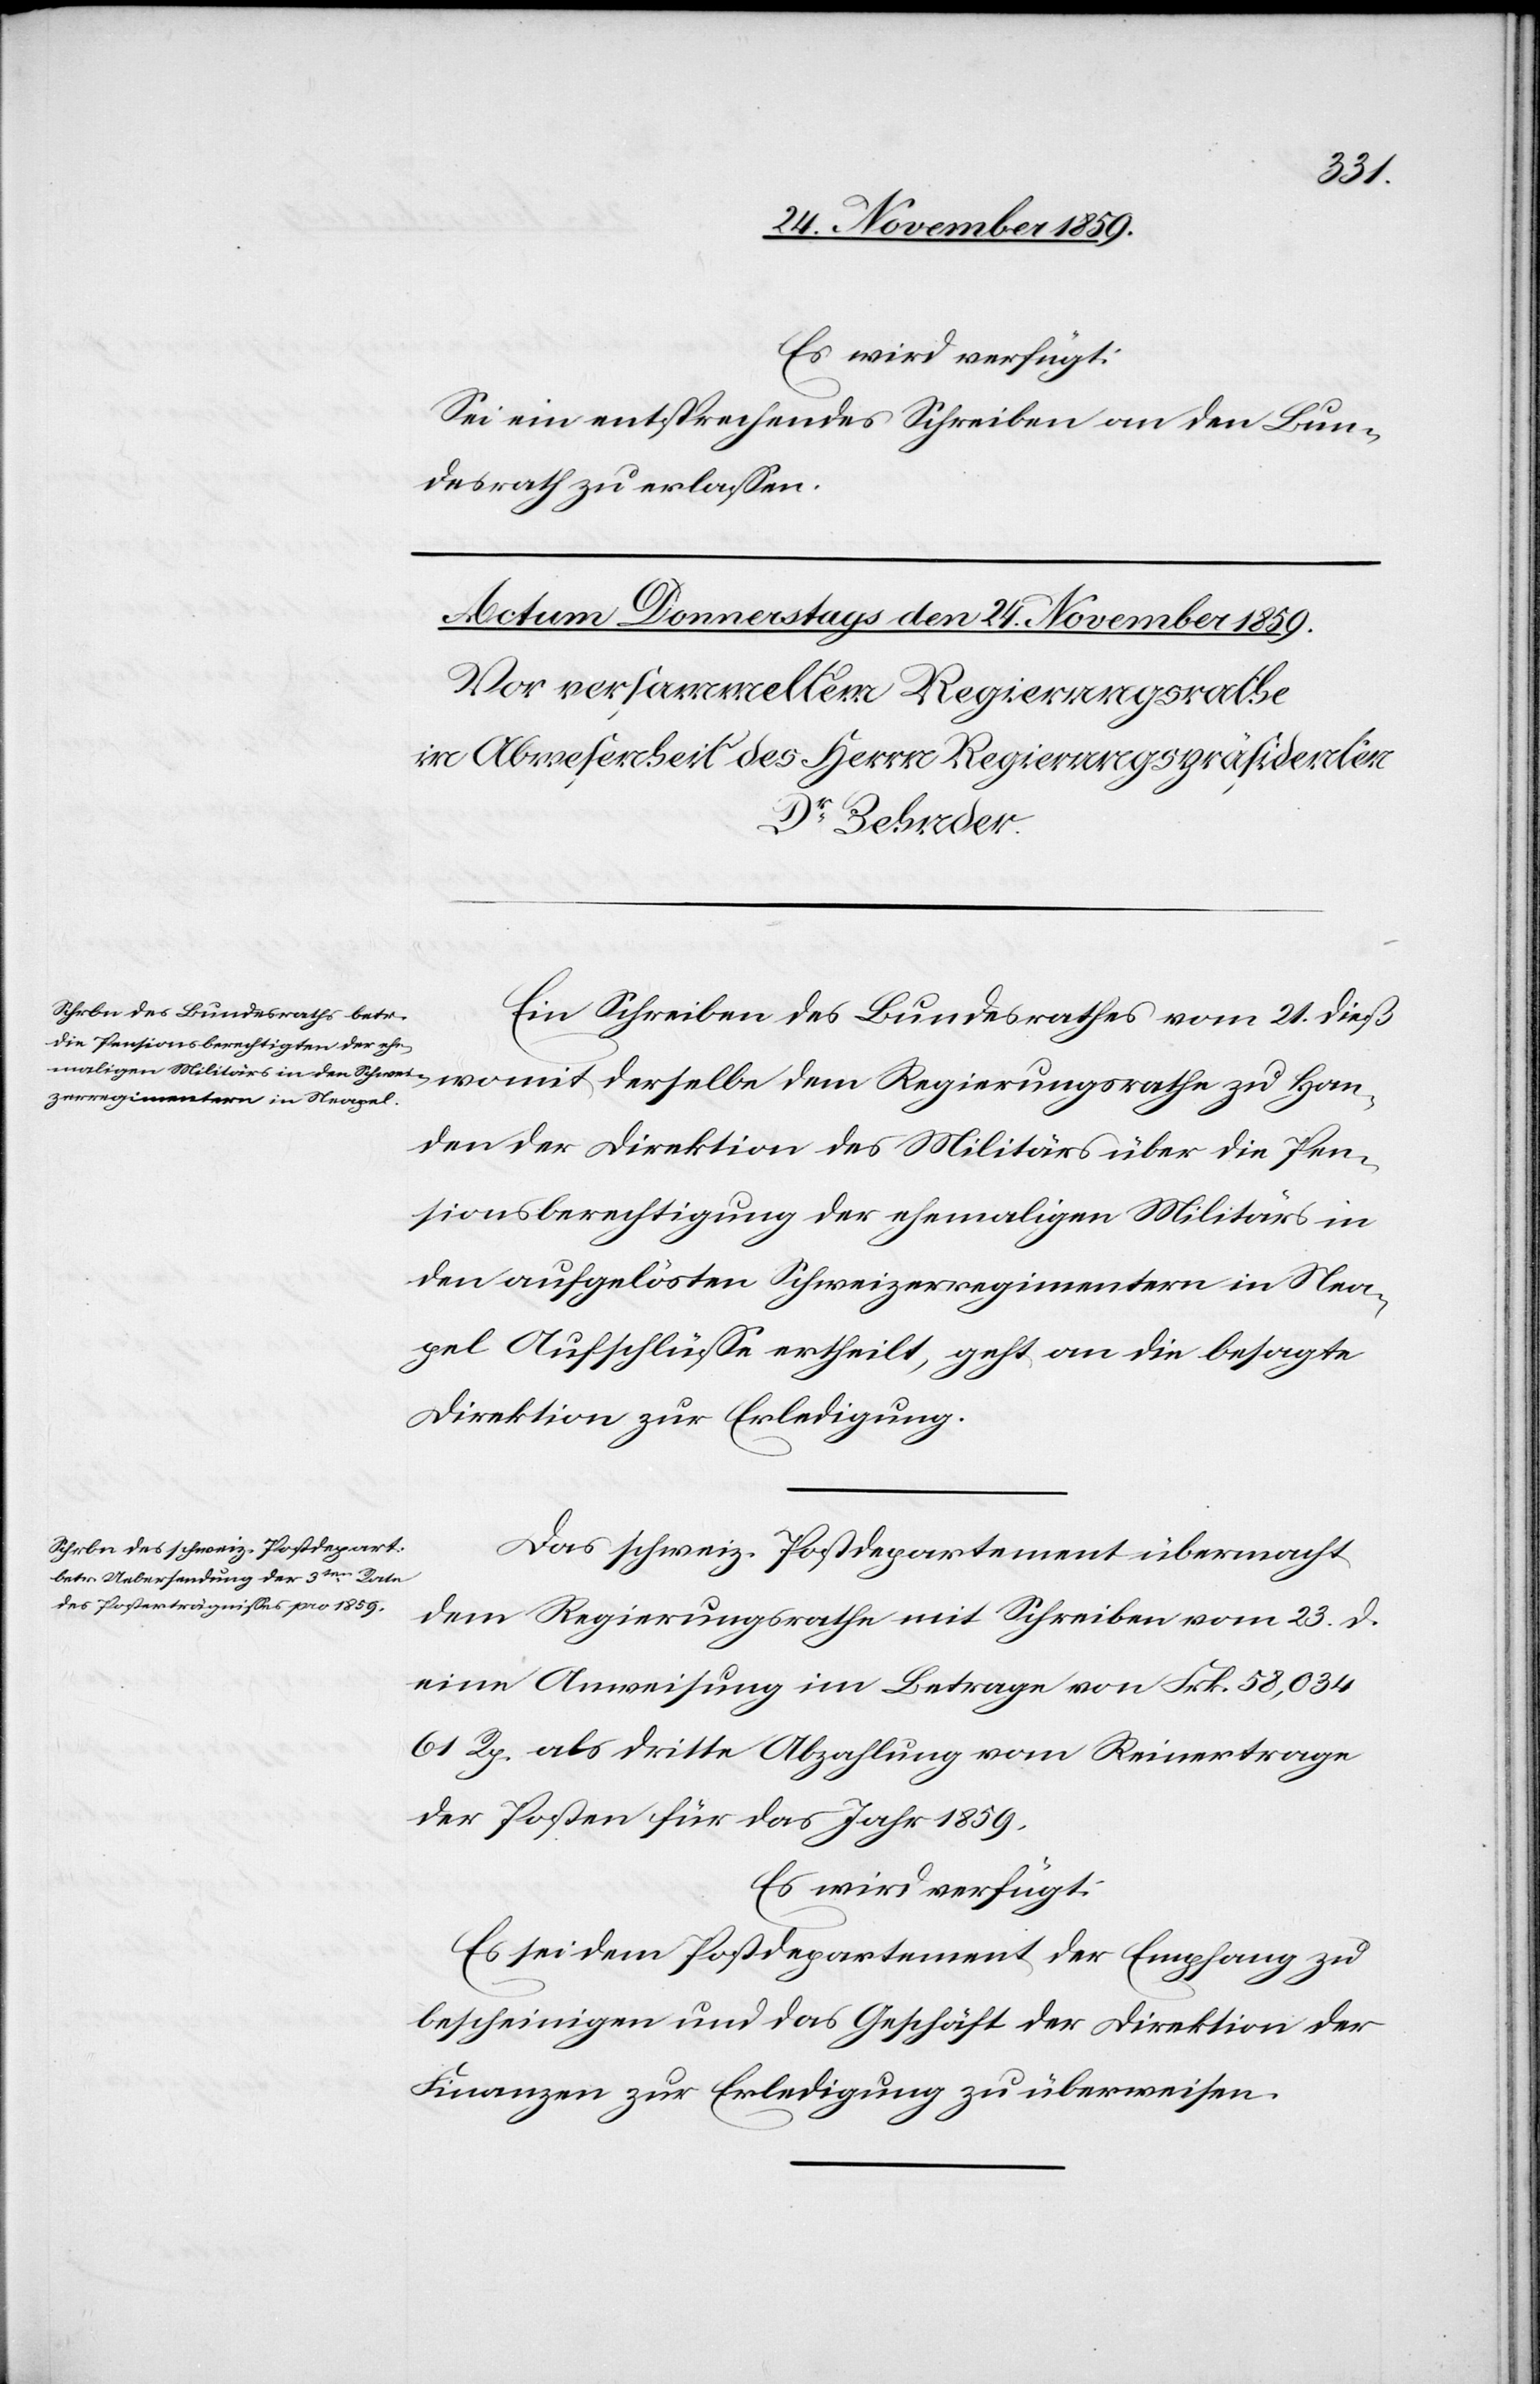
Es wird verfügt:
Sei ein entsprechendes Schreiben an den Bun¬
desrath zu erlassen.
Ein Schreiben des Bundesrathes vom 21. dieß
dem Regierungsrathe zu Han¬
den der Direktion des Militärs über die Pen¬
sionsberechtigung der ehemaligen Militärs in
den aufgelösten Schweizerregimentern in Nea¬
pel Aufschlüsse ertheilt, geht an die besagte
Direktion zur Erledigung.
Das schweiz. Postdepartement übermacht
dem Regierungsrathe mit Schreiben vom 23. d.
eine Anweisung im Betrage von Frk. 58,034
61 Rp. als dritte Abzahlung vom Reinertrage
der Posten für das Jahr 1859.
Es wird verfügt:
Es sei dem Postdepartement der Empfang zu
bescheinigen und das Geschäft der Direktion der
Finanzen zur Erledigung zu überweisen.